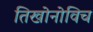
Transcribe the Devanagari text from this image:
तिखोनोविच